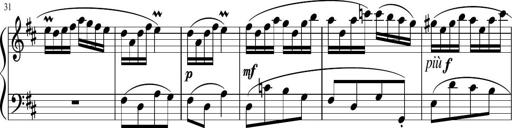
Title: 12 Keyboard Sonatinas
Composer: James Hook